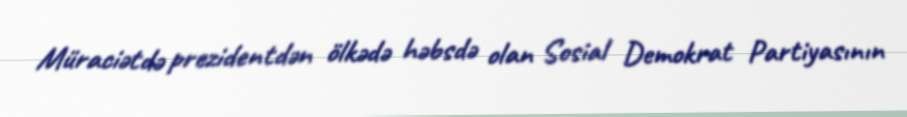
Müraciətdə prezidentdən ölkədə həbsdə olan Sosial Demokrat Partiyasının